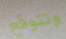
وتتوقع